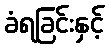
ခံရခြင်းနှင့်